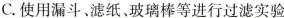
C.使用漏斗、滤纸、玻璃棒等进行过滤实验